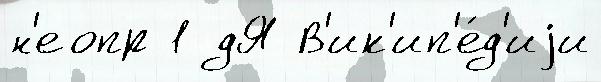
н'еопр 1 дЯ В'ик'ип'е́д'иjи